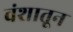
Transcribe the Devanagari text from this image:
वंशातून